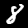
Digit: 8